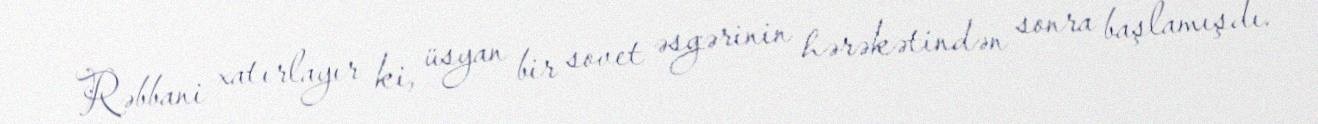
Rəbbani xatırlayır ki, üsyan bir sovet əsgərinin hərəkətindən sonra başlamışdı.